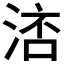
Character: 𣷧